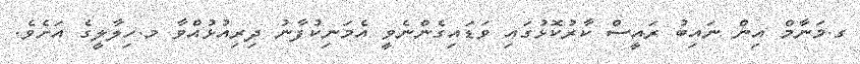
ގ.މަނާމް އިން ނައިބު ރައީސް ކާރުކޮޅުގައި ވަޑައިގެންނެވީ އެމަނިކުފާނު ދިރިއުޅުއްވާ މ.ހިލާލީގެ އަށެވެ.